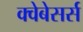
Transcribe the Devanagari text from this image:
क्वेबेसर्स